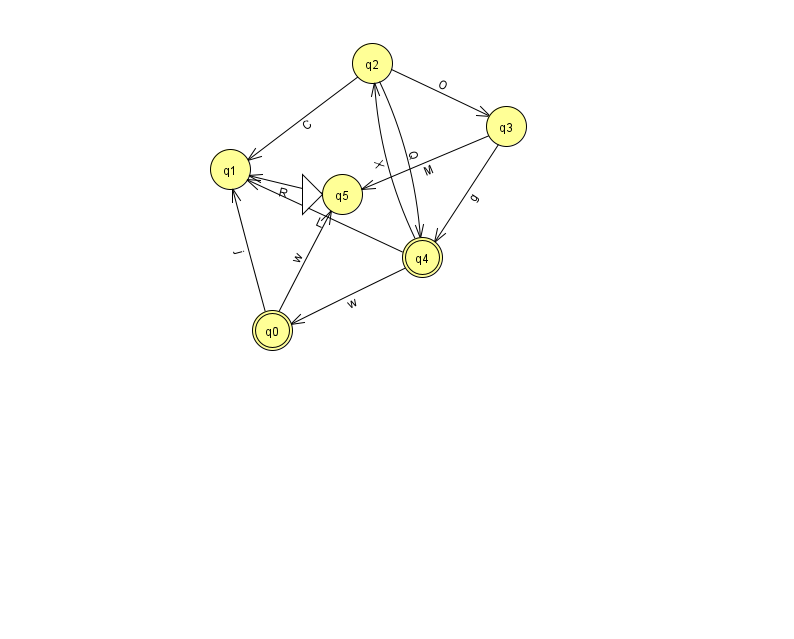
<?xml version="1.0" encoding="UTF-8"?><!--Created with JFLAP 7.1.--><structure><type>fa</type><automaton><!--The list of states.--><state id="0" name="q0"><x>272.0</x><y>317.0</y><final/></state><state id="1" name="q1"><x>230.0</x><y>156.0</y></state><state id="2" name="q2"><x>372.0</x><y>50.0</y></state><state id="3" name="q3"><x>506.0</x><y>113.0</y></state><state id="4" name="q4"><x>422.0</x><y>244.0</y><final/></state><state id="5" name="q5"><x>342.0</x><y>181.0</y><initial/></state><!--The list of transitions.--><transition><from>4</from><to>2</to><read>X</read></transition><transition><from>4</from><to>1</to><read>L</read></transition><transition><from>0</from><to>1</to><read>j</read></transition><transition><from>2</from><to>3</to><read>O</read></transition><transition><from>2</from><to>1</to><read>C</read></transition><transition><from>3</from><to>5</to><read>M</read></transition><transition><from>4</from><to>0</to><read>w</read></transition><transition><from>5</from><to>1</to><read>R</read></transition><transition><from>3</from><to>4</to><read>g</read></transition><transition><from>2</from><to>4</to><read>Q</read></transition><transition><from>0</from><to>5</to><read>w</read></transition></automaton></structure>